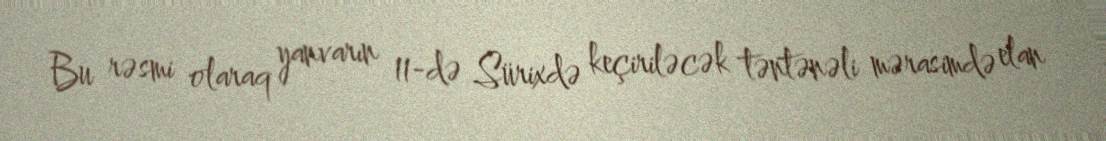
Bu rəsmi olaraq yanvarın 11-də Sürixdə keçiriləcək təntənəli mərasimdə elan